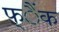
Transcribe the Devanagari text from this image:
फ्ैंक